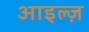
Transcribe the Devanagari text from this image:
आइल्ज़